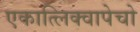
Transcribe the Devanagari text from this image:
एकात्लिक्वापेचो